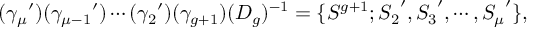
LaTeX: ( { \gamma _ { \mu } } ^ { \prime } ) ( { \gamma _ { \mu - 1 } } ^ { \prime } ) \cdots ( { \gamma _ { 2 } } ^ { \prime } ) ( \gamma _ { g + 1 } ) ( D _ { g } ) ^ { - 1 } = \{ S ^ { g + 1 } ; { S _ { 2 } } ^ { \prime } , { S _ { 3 } } ^ { \prime } , \cdots , { S _ { \mu } } ^ { \prime } \} ,